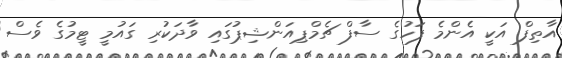
އާތިފް އަކީ އެންމެ ފަހުގެ ސާފް ޗެމްޕިއަންޝިޕުގައި ވާދަކުރި ގައުމީ ޓީމުގެ ވެސް